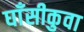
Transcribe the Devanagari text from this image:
घाँसीकुवा